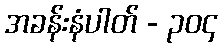
အခန်းနံပါတ် - ၃၀၄